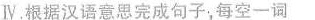
Ⅳ.根据汉语意思完成句子，每空一词